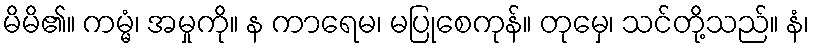
မိမိ၏။ ကမ္မံ၊ အမှုကို။ န ကာရေမ၊ မပြုစေကုန်။ တုမှေ၊ သင်တို့သည်။ နံ၊